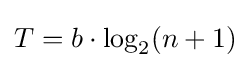
T=b\cdot \log _{2}(n+1)